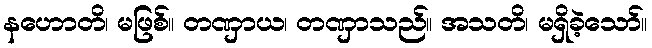
နဟောတိ၊ မဖြစ်။ တဏှာယ၊ တဏှာသည်။ အသတိ၊ မရှိခဲ့သော်။